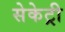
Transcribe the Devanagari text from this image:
सेकेट्री